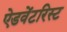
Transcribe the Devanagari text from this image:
ऐडवेंटरिस्ट